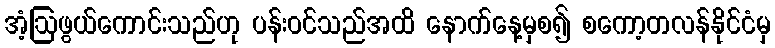
အံ့ဩဖွယ်ကောင်းသည်ဟု ပန်းဝင်သည်အထိ နောက်နေ့မှစ၍ စကော့တလန်နိုင်ငံမှ